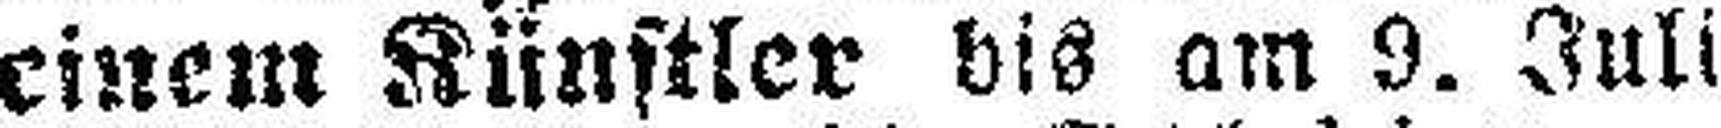
einem Künstler bis am 9. Juli